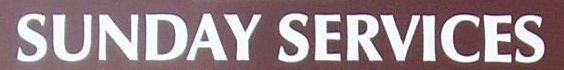
SUNDAY SERVICES